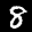
Label: 8